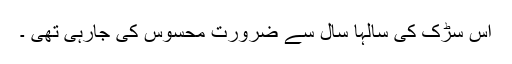
اس سڑک کی سالہا سال سے ضرورت محسوس کی جارہی تھی ۔